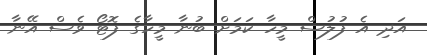
އަދި އެ ފުލުސް މީހާ ކަމަށް ބުނާ މީހާގެ ފޮޓޯ ވެސް އޭނާ